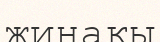
жинақы